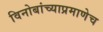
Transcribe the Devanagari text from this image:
विनोबांच्याप्रमाणेच